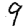
Digit: 9